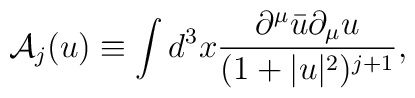
\mbox{$\cal{A}$}_j(u) \equiv \int d^3 x \frac{\partial^{\mu}\bar{u}\partial_{\mu}u}                               {(1+|u|^2)^{j+1}},